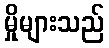
မှိုများသည်